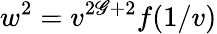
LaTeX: w^{2}=v^{2\mathscr{G}+2}f(1/v)